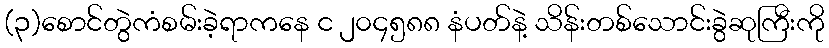
(၃)စောင်တွဲကံစမ်းခဲ့ရာကနေ င ၂၀၄၅၈၈ နံပတ်နဲ့ သိန်းတစ်သောင်းခွဲဆုကြီးကို